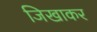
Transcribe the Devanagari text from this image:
जिखाकर